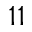
^ { 1 1 }